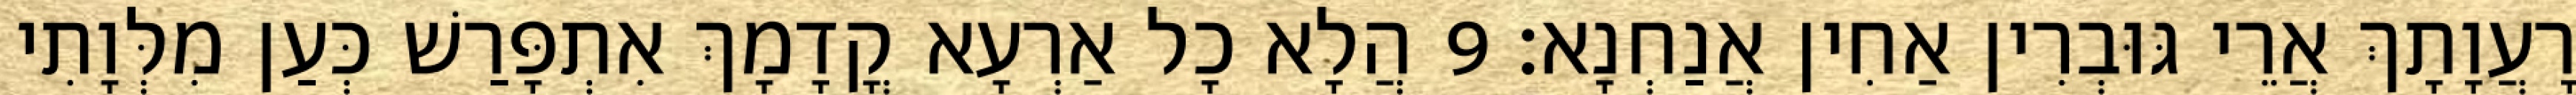
רָעֲוָתָךְ אֲרֵי גּוּבְרִין אַחִין אֲנַחְנָא׃ 9 הֲלָא כָל אַרְעָא קֳדָמָךְ אִתְפָּרַשׁ כְּעַן מִלְּוָתִי